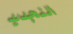
التجديد